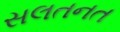
સલતનત